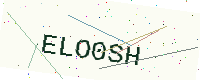
Text: ELO0SH